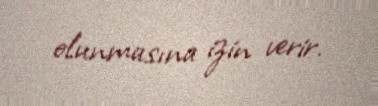
olunmasına izin verir.